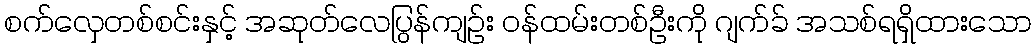
စက်လှေတစ်စင်းနှင့် အဆုတ်လေပြွန်ကျဉ်း ဝန်ထမ်းတစ်ဦးကို ဂျက်ခ် အသစ်ရရှိထားသော